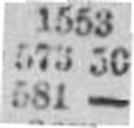
581 —